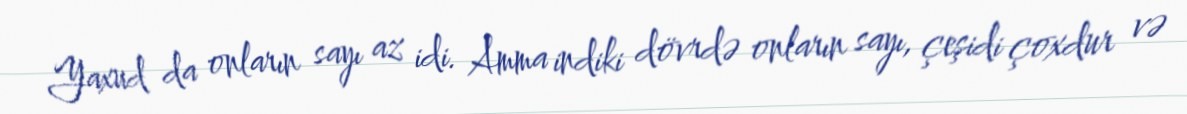
Yaxud da onların sayı az idi. Amma indiki dövrdə onların sayı, çeşidi çoxdur və